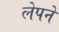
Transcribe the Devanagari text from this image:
लेपने